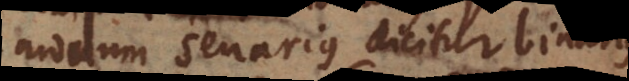
modum senarius dicitur binarius